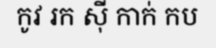
កូវ រក ស៊ី កាក់ កប